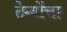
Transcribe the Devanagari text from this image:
तेन्योंचा